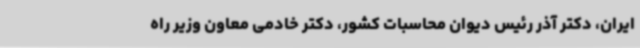
ایران، دکتر آذر رئیس دیوان محاسبات کشور، دکتر خادمی معاون وزیر راه